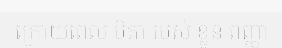
ក្រោយពេល បិតា របស់ ខ្លួន ពញ្ញា